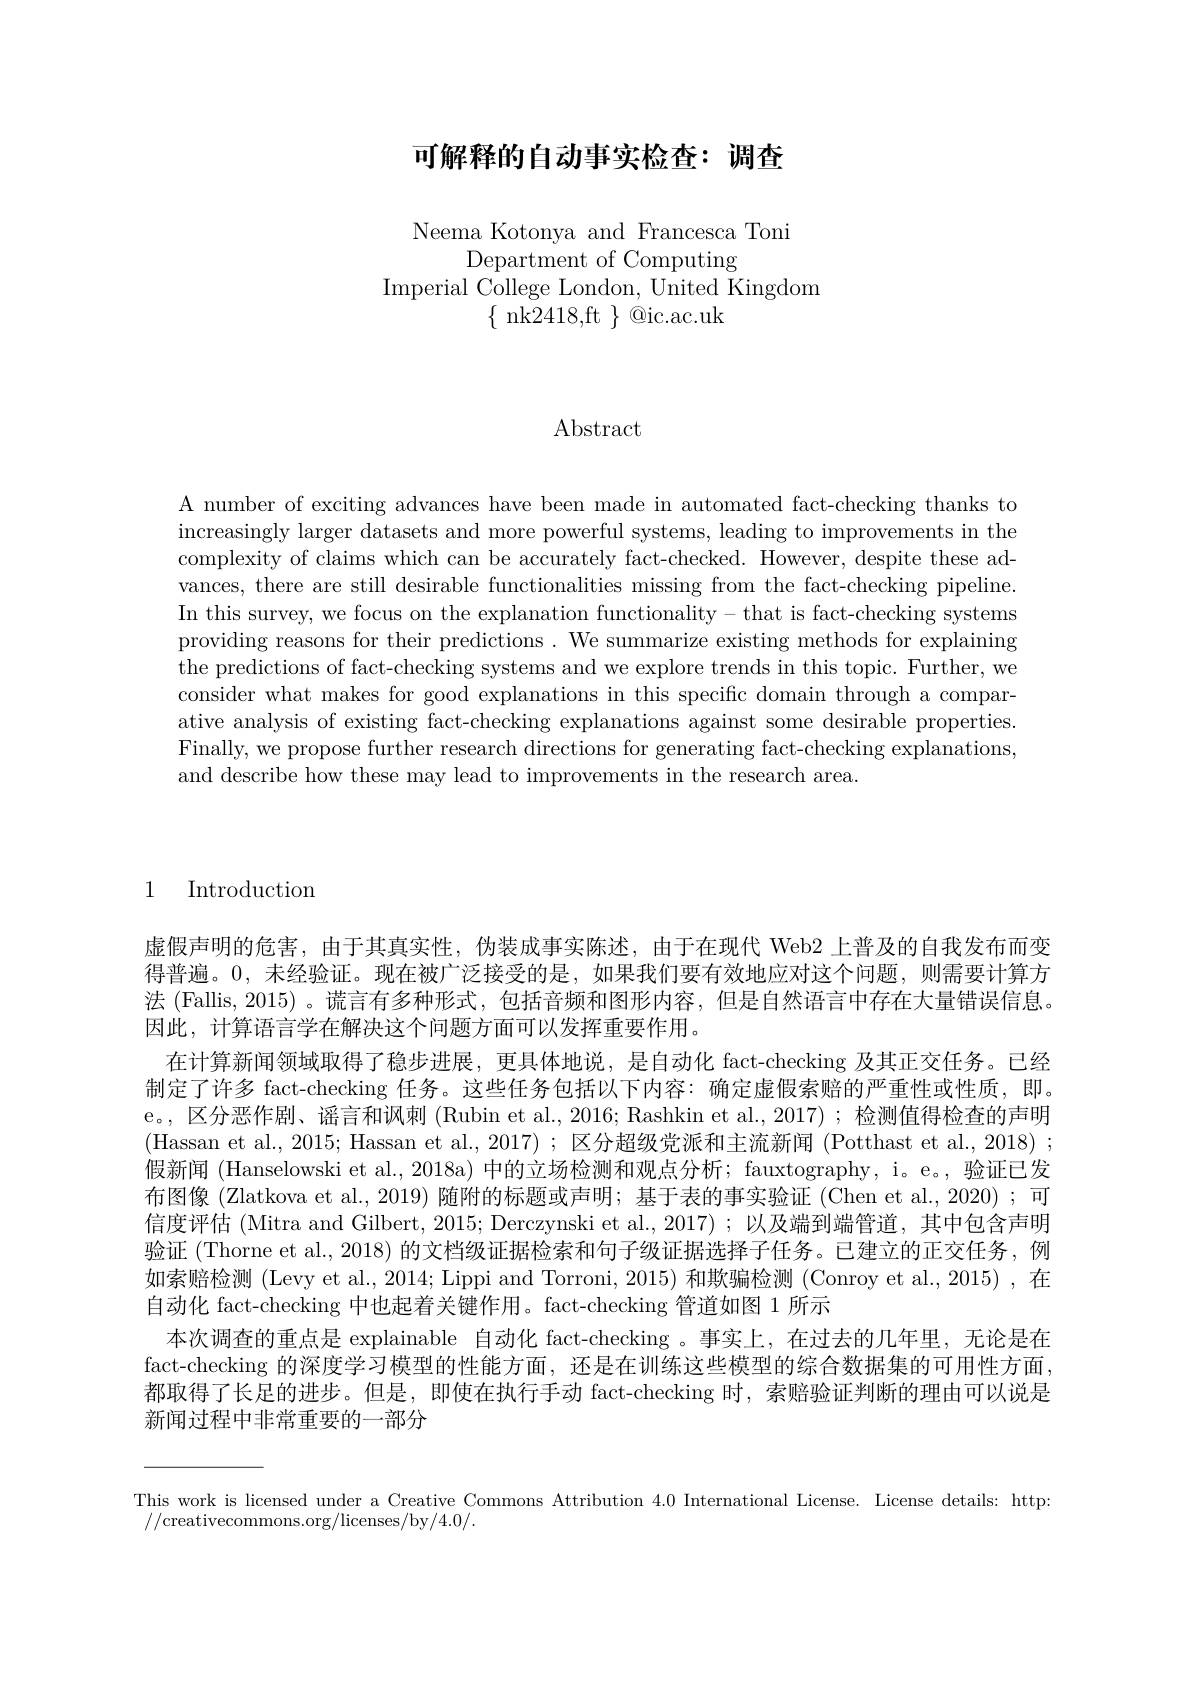
## 可解释的自动事实检查：调查

Neema Kotonya and Francesca Toni
Department of Computing
Imperial College London, United Kingdom
$\{{\mathrm{~nk2418,ft~}}\}{@}$ic.ac.uk

Abstract

A number of exciting advances have been made in automated fact-checking thanks to increasingly larger datasets and more powerful systems, leading to improvements in the complexity of claims which can be accurately fact-checked. However, despite these advances, there are still desirable functionalities missing from the fact-checking pipeline. In this survey, we focus on the explanation functionality- that is fact-checking systems providing reasons for their predictions. We summarize existing methods for explaining the predictions of fact-checking systems and we explore trends in this topic. Further, we consider what makes for good explanations in this specific domain through a comparative analysis of existing fact-checking explanations against some desirable properties. Finally, we propose further research directions for generating fact-checking explanations, and describe how these may lead to improvements in the research area.

1 Introduction

虚假声明的危害，由于其真实性，伪装成事实陈述，由于在现代 Web2 上普及的自我发布而变得普遍。0,未经验证。现在被广泛接受的是，如果我们要有效地应对这个问题，则需要计算方法 (Fallis, 2015) 。谎言有多种形式，包括音频和图形内容，但是自然语言中存在大量错误信息。因此，计算语言学在解决这个问题方面可以发挥重要作用。
在计算新闻领域取得了稳步进展，更具体地说，是自动化 fact-checking 及其正交任务。已经制定了许多 fact-checking 任务。这些任务包括以下内容：确定虚假索赔的严重性或性质，即。e。, 区分恶作剧、谣言和讽刺 (Rubin et al., 2016; Rashkin et al., 2017); 检测值得检查的声明(Hassan et al., 2015; Hassan et al., 2017); 区分超级党派和主流新闻 (Potthast et al., 2018) ; 假新闻 (Hanselowski et al., 2018a) 中的立场检测和观点分析；fauxtography, i。e。, 验证已发布图像 (Zlatkova et al., 2019) 随附的标题或声明；基于表的事实验证 (Chen et al., 2020) ; 可信度评估 (Mitra and Gilbert, 2015; Derczynski et al., 2017); 以及端到端管道，其中包含声明验证(Thorne et al., 2018) 的文档级证据检索和句子级证据选择子任务。已建立的正交任务，例如索赔检测 (Levy et al., 2014; Lippi and Torroni, 2015) 和欺骗检测 (Conroy et al., 2015) ,在自动化 fact-checking 中也起着关键作用。fact-checking 管道如图 1 所示
本次调查的重点是 explainable 自动化 fact-checking 。事实上，在过去的几年里，无论是在fact-checking 的深度学习模型的性能方面，还是在训练这些模型的综合数据集的可用性方面都取得了长足的进步。但是，即使在执行手动 fact-checking 时，索赔验证判断的理由可以说是新闻过程中非常重要的一部分

This work is licensed under a Creative Commons Attribution 4.0 International License. License details: http:
//creativecommons.org/licenses/by/4.0/.